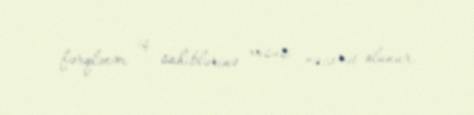
fərqlənən iş sahiblərinə xüsusi nəzarət olunur.